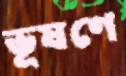
ভূষণে